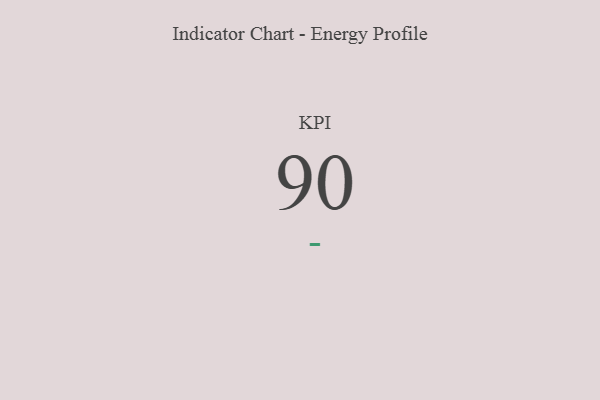
{"axis": {"x": "KPI", "y": "Value"}, "legend": [""], "data": [{"x": "KPI", "y": 90, "type": ""}]}